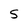
Character: S